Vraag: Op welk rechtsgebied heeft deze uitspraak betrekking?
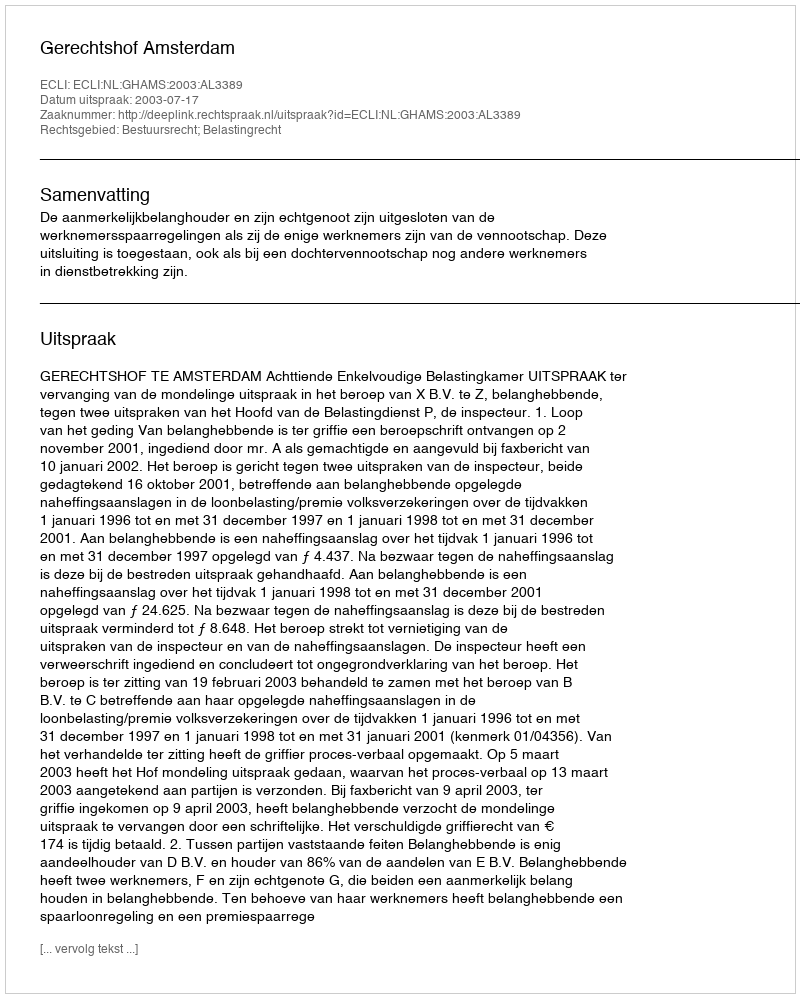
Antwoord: Bestuursrecht; Belastingrecht